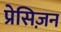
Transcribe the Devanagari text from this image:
प्रेसिज़न